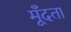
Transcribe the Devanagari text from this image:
मूँदता